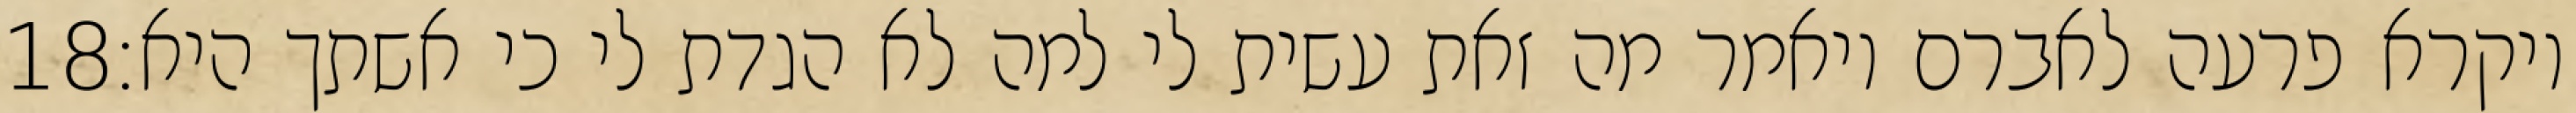
‎18‏ ויקרא פרעה לאברם ויאמר מה זאת עשית לי למה לא הגדת לי כי אשתך היא׃